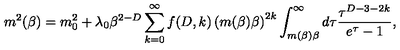
\ m ^ { 2 } ( \beta ) = m _ { 0 } ^ { 2 } + \lambda _ { 0 } \beta ^ { 2 - D } \sum _ { k = 0 } ^ { \infty } f ( D , k ) \left( m ( \beta ) \beta \right) ^ { 2 k } \int _ { m ( \beta ) \beta } ^ { \infty } d \tau \frac { \tau ^ { D - 3 - 2 k } } { e ^ { \tau } - 1 } ,